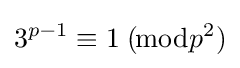
3^{p-1}\equiv 1\;(\!{\bmod {p^{2}}})